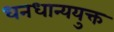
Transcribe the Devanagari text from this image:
धनधान्ययुक्त